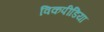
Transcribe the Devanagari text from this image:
विकपीडिया